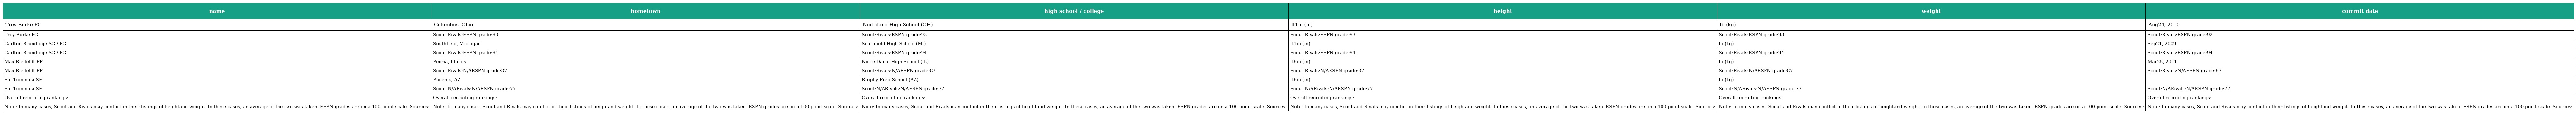
| name | hometown | high school / college | height | weight | commit date |
 | --- | --- | --- | --- | --- | --- |
 | Trey Burke PG | Columbus, Ohio | Northland High School (OH) | ft1in (m) | lb (kg) | Aug24, 2010 |
 | Trey Burke PG | Scout:Rivals:ESPN grade:93 | Scout:Rivals:ESPN grade:93 | Scout:Rivals:ESPN grade:93 | Scout:Rivals:ESPN grade:93 | Scout:Rivals:ESPN grade:93 |
 | Carlton Brundidge SG / PG | Southfield, Michigan | Southfield High School (MI) | ft1in (m) | lb (kg) | Sep21, 2009 |
 | Carlton Brundidge SG / PG | Scout:Rivals:ESPN grade:94 | Scout:Rivals:ESPN grade:94 | Scout:Rivals:ESPN grade:94 | Scout:Rivals:ESPN grade:94 | Scout:Rivals:ESPN grade:94 |
 | Max Bielfeldt PF | Peoria, Illinois | Notre Dame High School (IL) | ft8in (m) | lb (kg) | Mar25, 2011 |
 | Max Bielfeldt PF | Scout:Rivals:N/AESPN grade:87 | Scout:Rivals:N/AESPN grade:87 | Scout:Rivals:N/AESPN grade:87 | Scout:Rivals:N/AESPN grade:87 | Scout:Rivals:N/AESPN grade:87 |
 | Sai Tummala SF | Phoenix, AZ | Brophy Prep School (AZ) | ft6in (m) | lb (kg) |  |
 | Sai Tummala SF | Scout:N/ARivals:N/AESPN grade:77 | Scout:N/ARivals:N/AESPN grade:77 | Scout:N/ARivals:N/AESPN grade:77 | Scout:N/ARivals:N/AESPN grade:77 | Scout:N/ARivals:N/AESPN grade:77 |
 | Overall recruiting rankings: | Overall recruiting rankings: | Overall recruiting rankings: | Overall recruiting rankings: | Overall recruiting rankings: | Overall recruiting rankings: |
 | Note: In many cases, Scout and Rivals may conflict in their listings of heightand weight. In these cases, an average of the two was taken. ESPN grades are on a 100-point scale. Sources: | Note: In many cases, Scout and Rivals may conflict in their listings of heightand weight. In these cases, an average of the two was taken. ESPN grades are on a 100-point scale. Sources: | Note: In many cases, Scout and Rivals may conflict in their listings of heightand weight. In these cases, an average of the two was taken. ESPN grades are on a 100-point scale. Sources: | Note: In many cases, Scout and Rivals may conflict in their listings of heightand weight. In these cases, an average of the two was taken. ESPN grades are on a 100-point scale. Sources: | Note: In many cases, Scout and Rivals may conflict in their listings of heightand weight. In these cases, an average of the two was taken. ESPN grades are on a 100-point scale. Sources: | Note: In many cases, Scout and Rivals may conflict in their listings of heightand weight. In these cases, an average of the two was taken. ESPN grades are on a 100-point scale. Sources: |